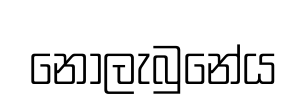
නොලැබුනේය